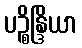
ပဉ္စိန္ဒြိယာ